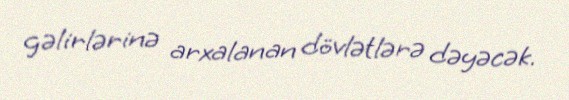
gəlirlərinə arxalanan dövlətlərə dəyəcək.